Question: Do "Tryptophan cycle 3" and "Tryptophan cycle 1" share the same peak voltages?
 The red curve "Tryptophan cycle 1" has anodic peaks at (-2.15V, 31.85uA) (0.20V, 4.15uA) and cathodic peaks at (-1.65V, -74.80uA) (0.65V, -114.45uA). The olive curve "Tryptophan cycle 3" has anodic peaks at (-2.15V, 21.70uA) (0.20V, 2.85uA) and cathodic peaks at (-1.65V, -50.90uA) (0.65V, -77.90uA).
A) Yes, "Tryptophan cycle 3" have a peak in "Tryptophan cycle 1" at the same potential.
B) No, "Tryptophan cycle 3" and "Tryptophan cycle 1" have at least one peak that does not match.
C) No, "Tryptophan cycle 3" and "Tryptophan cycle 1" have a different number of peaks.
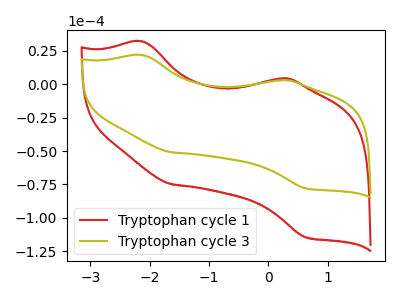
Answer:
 <answer>A) Yes, "Tryptophan cycle 3" have a peak in "Tryptophan cycle 1" at the same potential.</answer>
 <eval>A</eval>